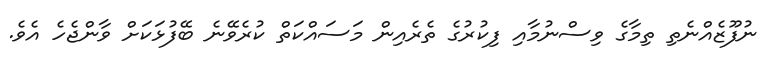
ނުފޫޒެއްނެތި ތިމާގެ ވިސްނުމާއި ފިކުރުގެ ތެރެއިން މަސައްކަތް ކުރެވޭނެ ބޭފުޅަކަށް ވާންޖެހެ އެވެ.